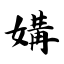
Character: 媾